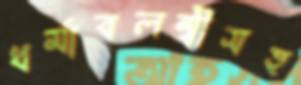
ধর্মাবলম্বীসহ